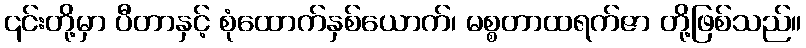
၎င်းတို့မှာ ပီတာနှင့် စုံထောက်နှစ်ယောက်၊ မစ္စတာထရက်ဇာ တို့ဖြစ်သည်။